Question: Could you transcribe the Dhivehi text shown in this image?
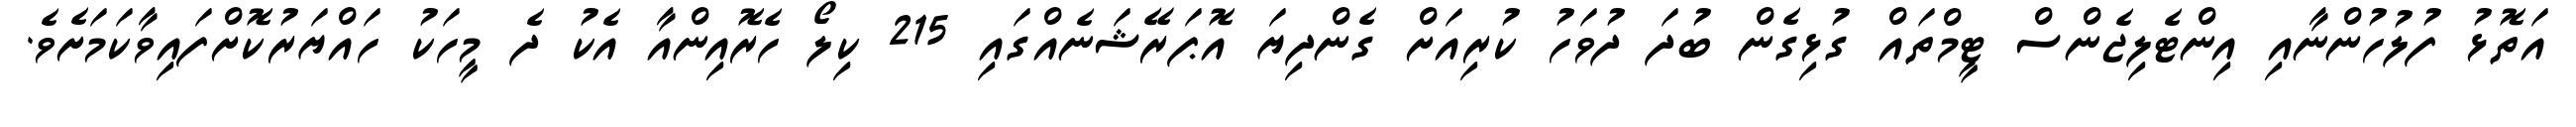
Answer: އަތޮޅު ފުލުހުންނާއި އިންޓެލިޖެންސް ޓީމްތައް ގުޅިގެން ބުދަ ދުވަހު ކުރިއަށް ގެންދިޔަ އޮޕަރޭޝަނެއްގައި 215 ކިލޯ ހެރޮއިންއާ އެކު ދެ މީހަކު ހައްޔަރުކޮށްފައިވާކަމަށެވެ.